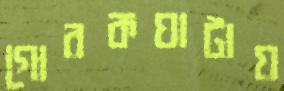
গোরকঘাটায়